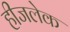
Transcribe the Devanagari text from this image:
हीजलेक